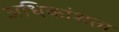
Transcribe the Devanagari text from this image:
अधिकांशता